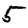
Digit: 5